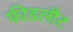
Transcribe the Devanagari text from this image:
फीडलौट